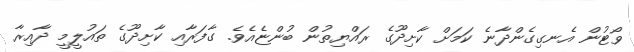
ވޯޓުން އެނގިގެންދާނެ ކަމަށް ކާށިދޫގެ ރައްޔިތުން ބުންޏެއެވެ. ގާފަރާއި ކާށިދޫގެ ތައުލީމީ ދާއިރާ